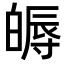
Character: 𤾖